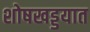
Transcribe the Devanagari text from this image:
शोषखड्डयात